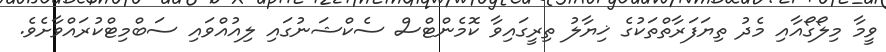
ވީމާ މިލޯގޯއާއި މެދު ތިޔަފަރާތްތަކުގެ ޚިޔާލު ތިރީގައިވާ ކޮމެންޓްސް ސެކްޝަނުގައި ލިއުއްވައި ސަބްމިޓްކުރައްވާށެވެ.